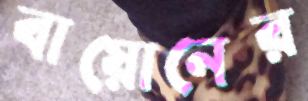
বায়োনের